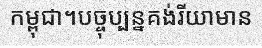
កម្ពុជា។បច្ចុប្បន្នគង់រីយាមាន